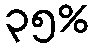
၃၅%